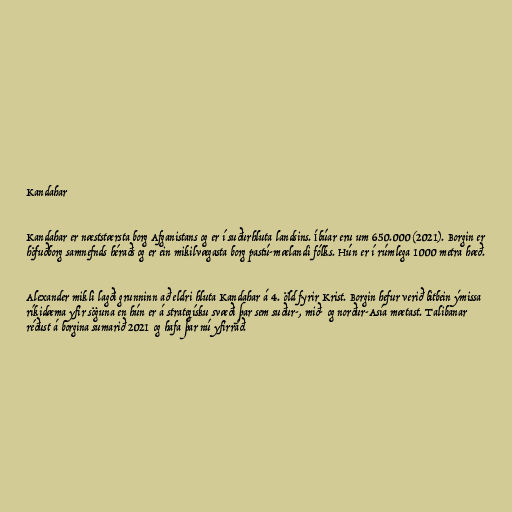
Kandahar

Kandahar er næststærsta borg Afganistans og er í suðurhluta landsins. Íbúar eru um 650.000 (2021). Borgin er
höfuðborg samnefnds héraðs og er ein mikilvægasta borg pastú-mælandi fólks. Hún er í rúmlega 1000 metra hæð.

Alexander mikli lagði grunninn að eldri hluta Kandahar á 4. öld fyrir Krist. Borgin hefur verið bitbein ýmissa
ríkidæma yfir söguna en hún er á strategísku svæði þar sem suður-, mið- og norður-Asía mætast. Talibanar
réðust á borgina sumarið 2021 og hafa þar nú yfirráð.